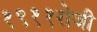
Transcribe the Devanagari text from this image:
१९११रोजी